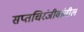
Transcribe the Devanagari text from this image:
सप्तचिरंजीवांतील